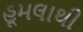
હૂમલાથી